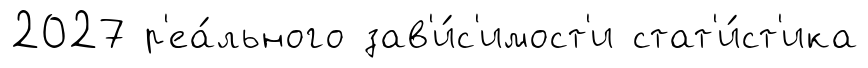
2027 р'еа́льного зав'и́с'имост'и стат'и́ст'ика